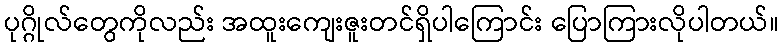
ပုဂ္ဂိုလ်တွေကိုလည်း အထူးကျေးဇူးတင်ရှိပါကြောင်း ပြောကြားလိုပါတယ်။